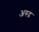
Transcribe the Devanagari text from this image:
अरुद्र